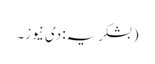
(بشکریہ: دی نیوز۔